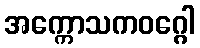
အက္ကောသကဝဂ္ဂေါ